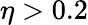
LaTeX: \eta>0.2